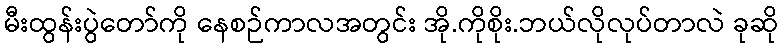
မီးထွန်းပွဲတော်ကို နေစဉ်ကာလအတွင်း အို.ကိုစိုး.ဘယ်လိုလုပ်တာလဲ ခုဆို